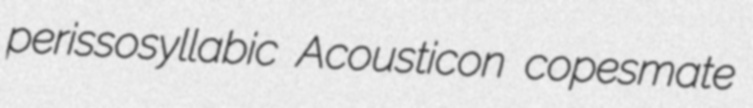
perissosyllabic Acousticon copesmate